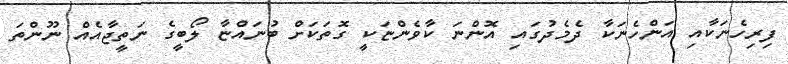
ފިރިހެނަކާއި އަންހެނަކާ ދެމެދުގައި އޮންނަ ކާވެންޏަކީ ގޮތަކަށް ބުނައްޏާ ލޯބީގެ ނަތީޖާއެއް ނޫންތަ